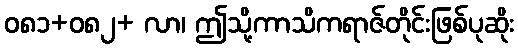
ဝ၈၁+၀၈၂+ လာ၊ ဤသို့ကာသိကရာဇ်တိုင်းဖြစ်ပုဆိုး